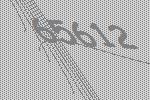
65612